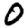
Digit: 0